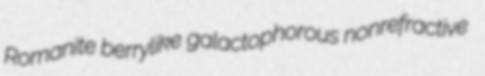
Romanite berrylike galactophorous nonrefractive